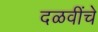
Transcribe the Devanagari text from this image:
दळवींचे